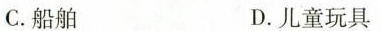
C.船舶 D.儿童玩具